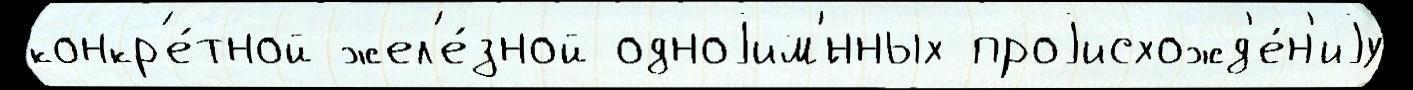
конкр'е́тной жел'е́зной одноjим'́нных проjисхожд'е́н'иjу